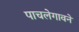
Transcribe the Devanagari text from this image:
पाचलेगावने